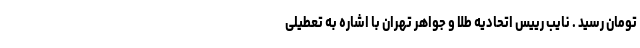
تومان رسید . نایب رییس اتحادیه طلا و جواهر تهران با اشاره به تعطیلی